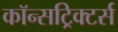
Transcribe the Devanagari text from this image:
कॉन्सट्रिक्टर्स